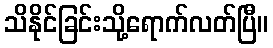
သိနိုင်ခြင်းသို့ရောက်လတ်ပြီ။